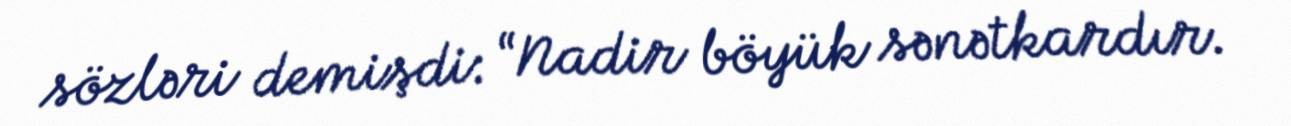
sözləri demişdi: “Nadir böyük sənətkardır.